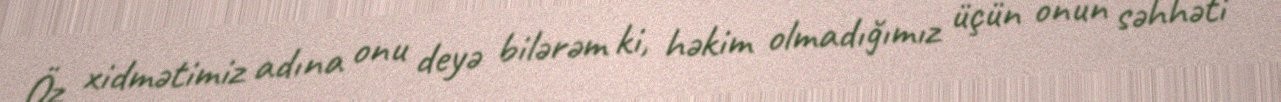
Öz xidmətimiz adına onu deyə bilərəm ki, həkim olmadığımız üçün onun səhhəti